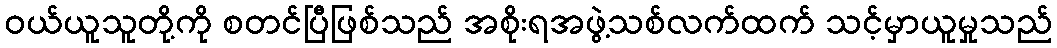
ဝယ်ယူသူတို့ကို စတင်ပြီဖြစ်သည် အစိုးရအဖွဲ့သစ်လက်ထက် သင့်မှာယူမှုသည်